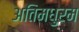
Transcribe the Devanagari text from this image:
अतिमधुरम